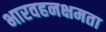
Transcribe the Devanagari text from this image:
भारवहनक्षमता